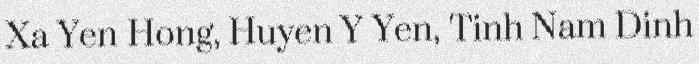
Xa Yen Hong, Huyen Y Yen, Tinh Nam Dinh